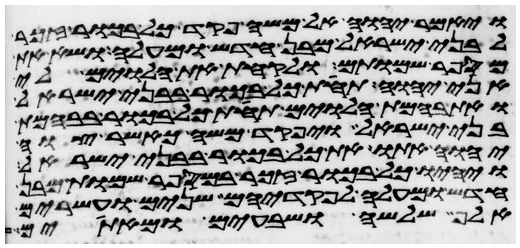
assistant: ויאמר יהוה אל משה פקד כל בכור זכר
לבני ישראל מבן חדש ומעלה ושא את
מספר שמותם ולקחת את הלוים לי
אני יהוה תחת כל בכור בבני ישראל
ואת בהמת הלוים תחת כל בכור בבהמת
בני ישראל ויפקד משה כאשר צוה
יהוה אתו את כל בכור בבני ישראל
ויהיו כל בכור זכר במספר שמות מבן
חדש ומעלה לפקדיהם שנים ועשרים
אלף שלשה ושבעים ומאתים